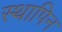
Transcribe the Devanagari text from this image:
स्थापिन